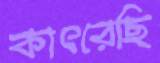
কাৎরেছি